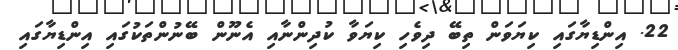
22. އިންޑިޔާގައި ކިޔަވަން ތިބޭ ދިވެހި ކިޔަވާ ކުދިންނާއި އެނޫން ބޭނުންތަކުގައި އިންޑިޔާގައި